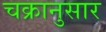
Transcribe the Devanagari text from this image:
चक्रानुसार